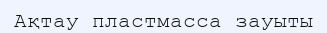
Ақтау пластмасса зауыты